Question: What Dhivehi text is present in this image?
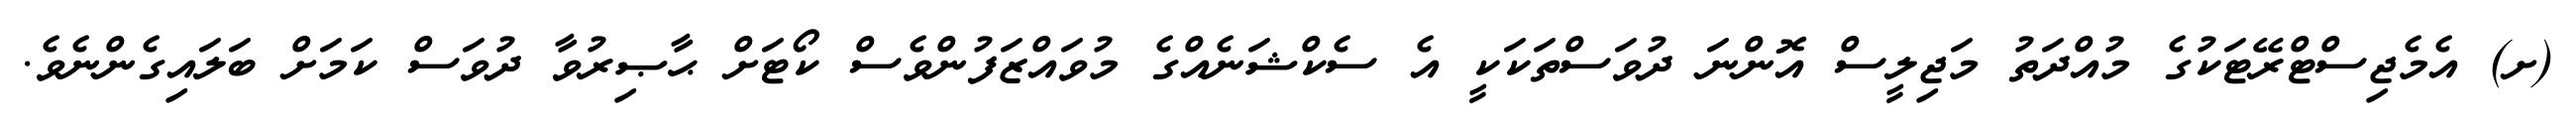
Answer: (ށ) އެމެޖިސްޓްރޭޓަކުގެ މުއްދަތު މަޖިލީސް އޮންނަ ދުވަސްތަކަކީ އެ ސެކްޝަނެއްގެ މުވައްޒަފުންވެސް ކޯޓަށް ޙާޞިރުވާ ދުވަސް ކަމަށް ބަލައިގެންނެވެ.